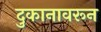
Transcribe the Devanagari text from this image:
दुकानावरून